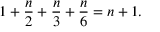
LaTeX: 1 + { \frac { n } { 2 } } + { \frac { n } { 3 } } + { \frac { n } { 6 } } = n + 1 .